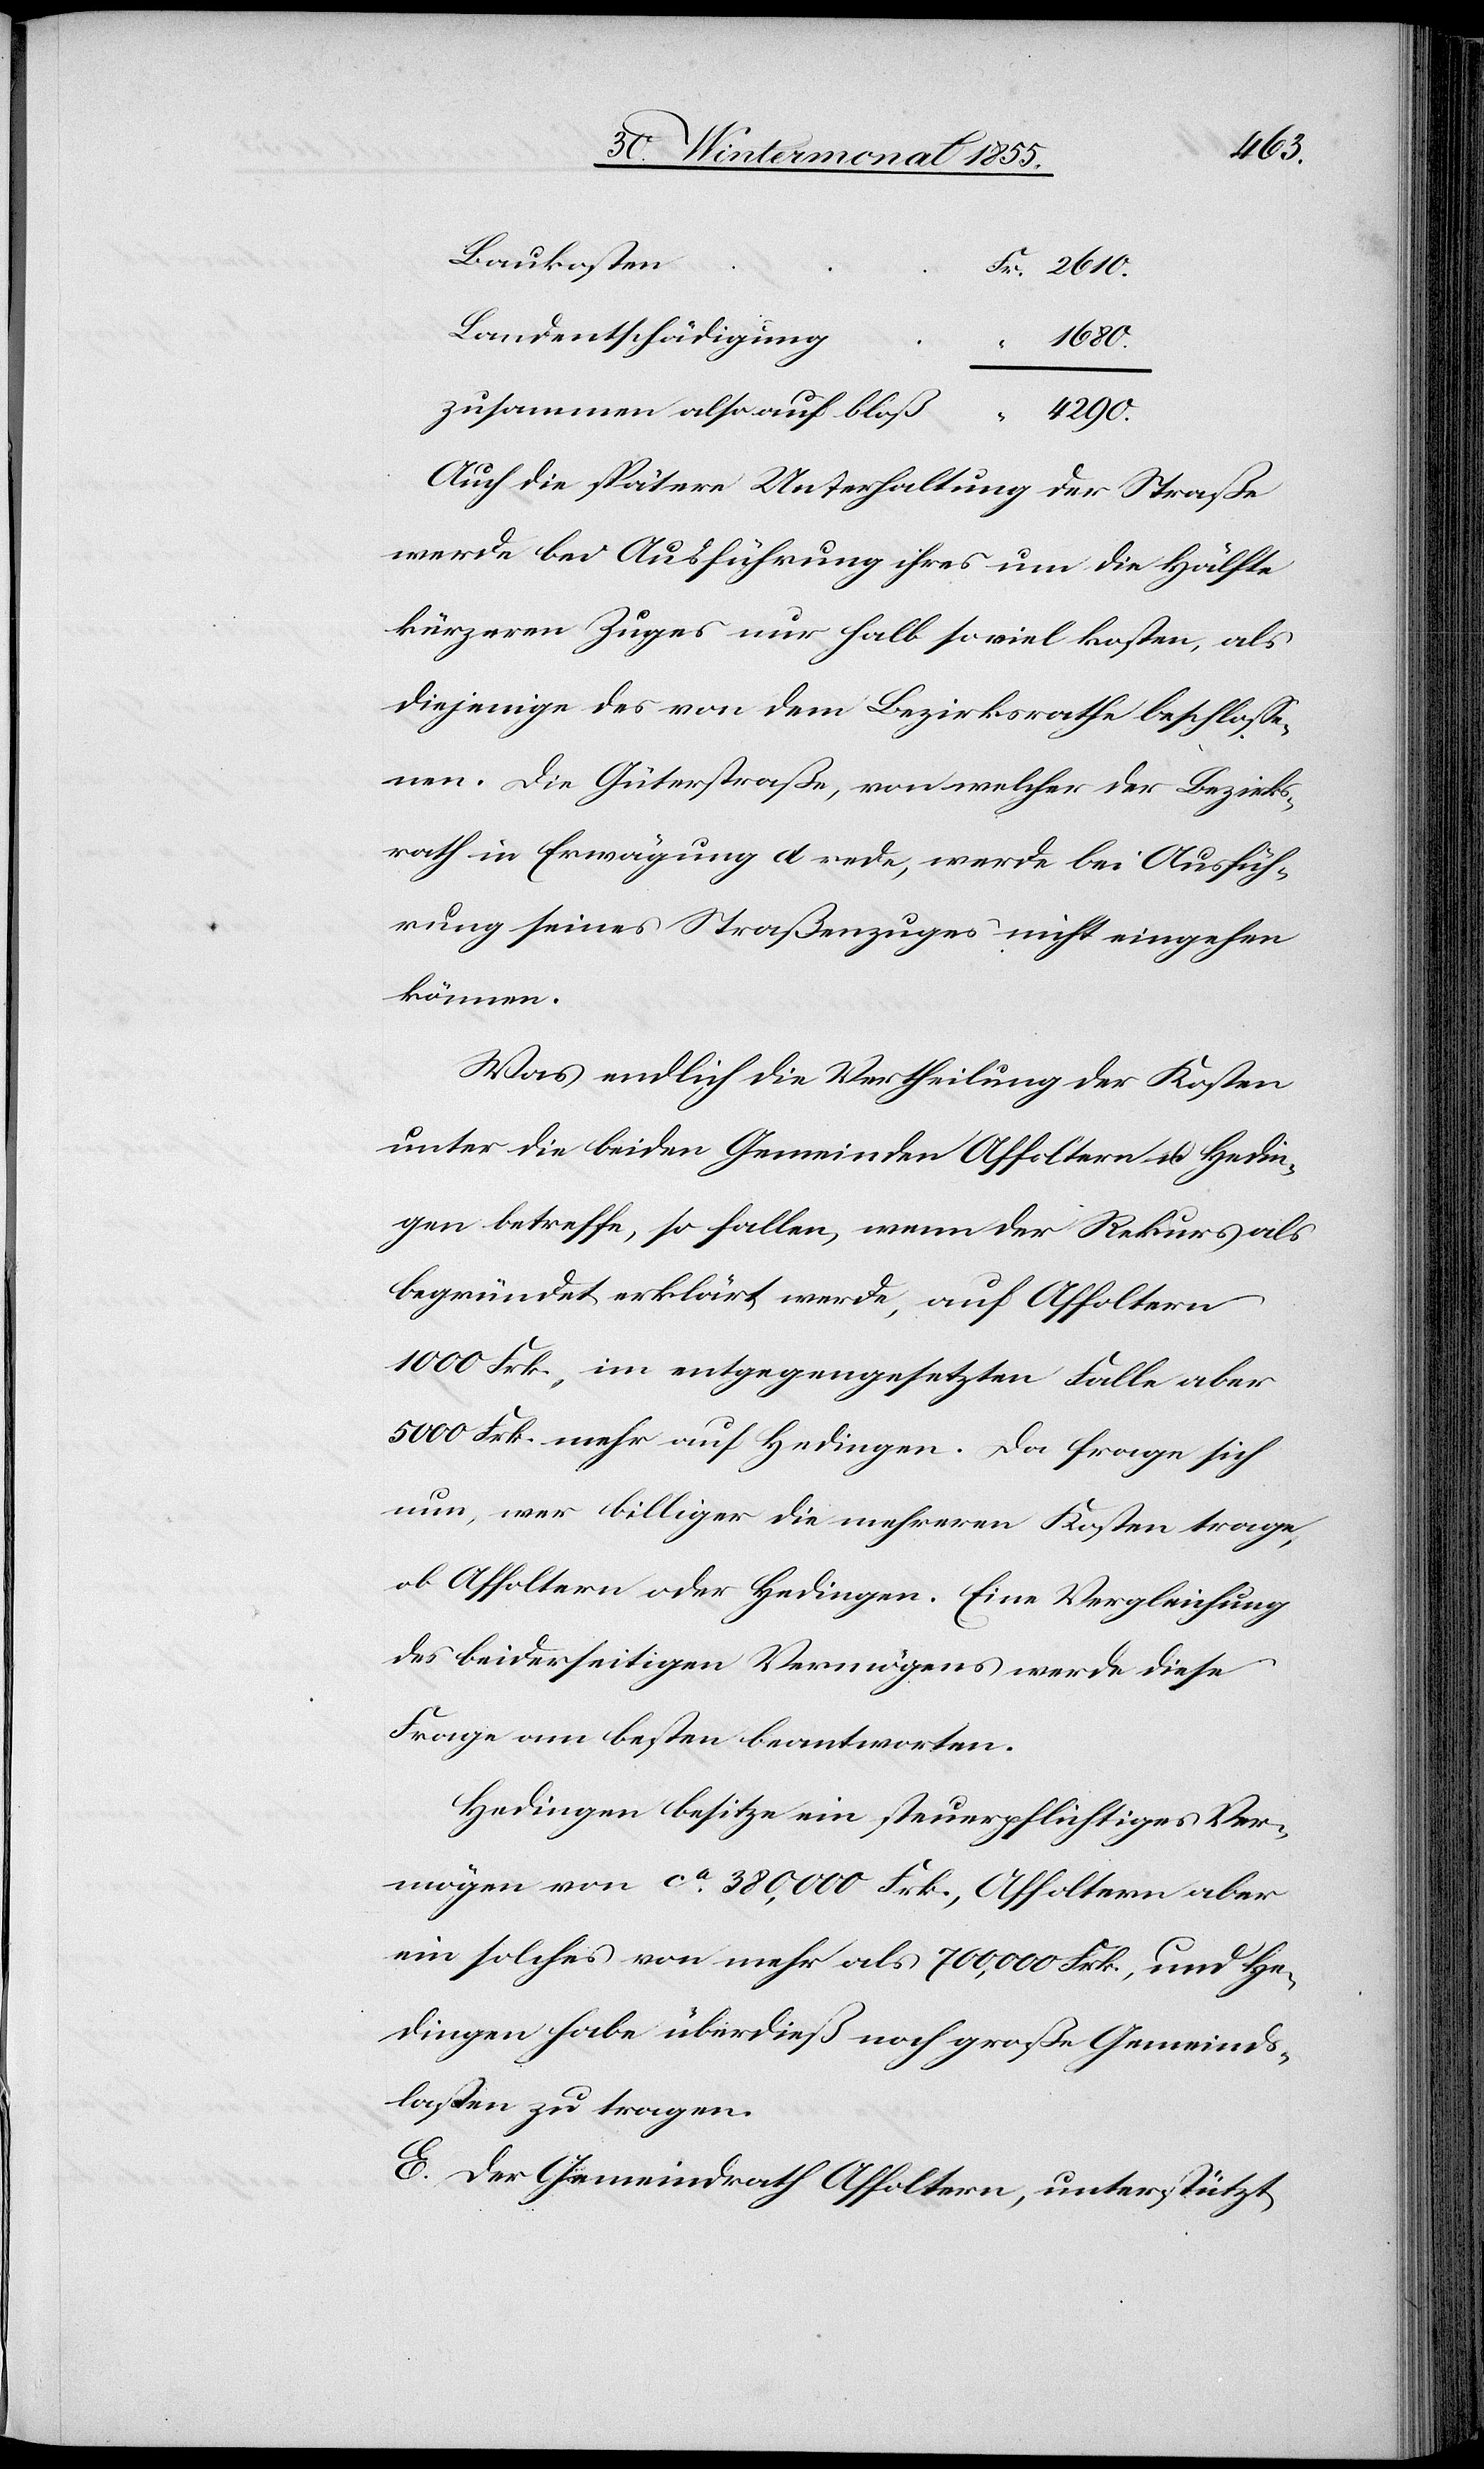
Baukosten
Fr. 2610.
Landentschädigung
1680.
zusammen also auf bloß
4290.
Auch die spätere Unterhaltung der Straße
werde bei Ausführung ihres um die Hälfte
kürzeren Zuges nur halb so viel kosten, als
diejenige des von dem Bezirksrathe beschlosse¬
nen. Die Güterstraße, von welcher der Bezirks¬
rath in Erwägung d rede, werde bei Ausfüh¬
rung seines Straßenzuges nicht eingehen
können.
Was endlich die Vertheilung der Kosten
unter die beiden Gemeinden Affoltern u. Hedin¬
gen betreffe, so fallen, wenn der Rekurs als
begründet erklärt werde, auf Affoltern
1000 Frk., im entgegengesetzten Falle aber
5000 Frk. mehr auf Hedingen. Da frage sich
nun, wer billiger die mehreren Kosten trage,
ob Affoltern oder Hedingen. Eine Vergleichung
des beiderseitigen Vermögens werde diese
Frage am besten beantworten.
Hedingen besitze ein steuerpflichtiges Ver¬
mögen von ca. 380,000 Frk., Affoltern aber
ein solches von mehr als 700,000 Frk., und He¬
dingen habe überdieß noch große Gemeinds¬
lasten zu tragen.
E. Der Gemeindrath Affoltern, unterstützt